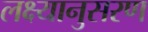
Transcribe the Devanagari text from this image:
लक्ष्यानुसरण